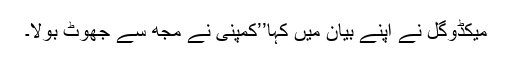
میكڈوگل نے اپنے بیان میں کہا’’کمپنی نے مجھ سے جھوٹ بولا۔